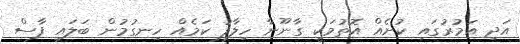
އަދި އަމުރުގައި ކުށެއް އޮތުމަކީ ގާނޫނާ ހިލާފު ކަމެއް ހިނގުމުން ބަލައި ފާސް